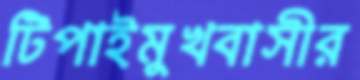
টিপাইমুখবাসীর